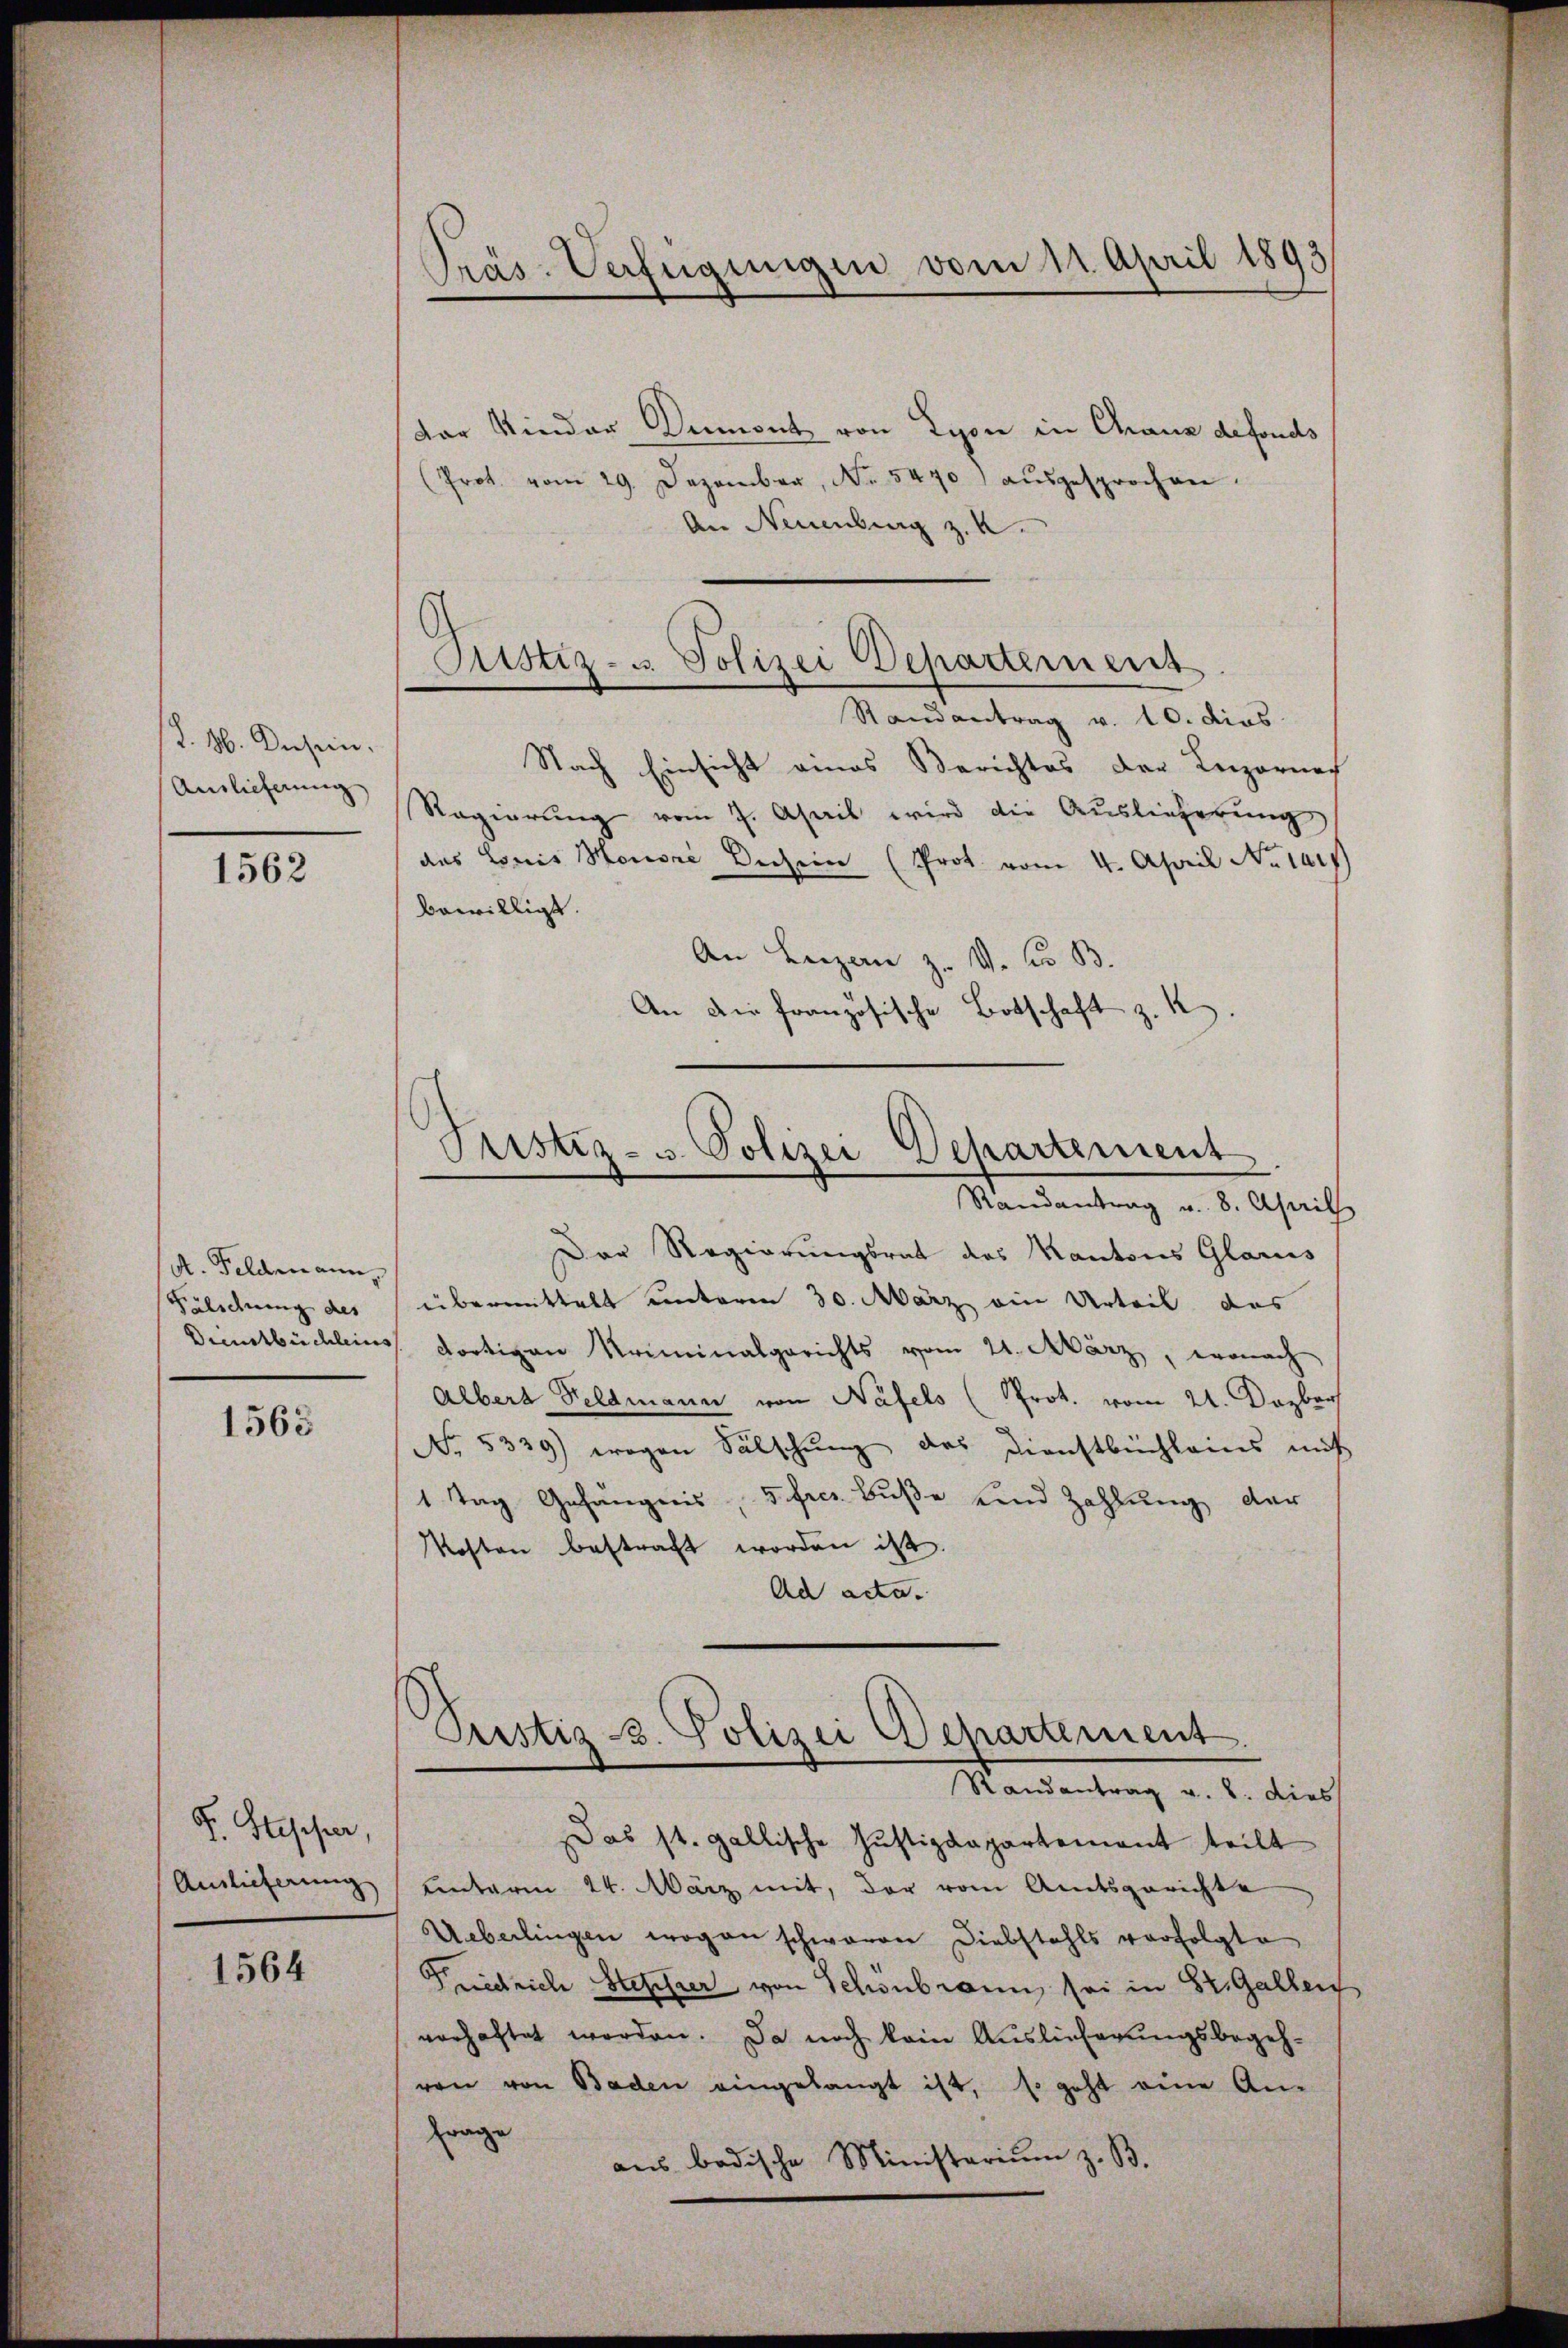
J. M. Dasein.
Auslieferung

1562

A. Feldenann
Fälschnung des

1563

F. Stesser,

1564

Präs. Verfügungen vom 11. April 1893

Dar Kinder Demont von Lyon in Chaus defonds
(Prot. vom 29. Dezember, No. 54701 aŭsgesprochen.
An Neuenburg z. B.
Randantrag v. 10. dies
Nach Einsicht eines Berichtes der Luzerner
Regierung vom 7. April wird die Auslieferung
das Louis Honori Schein (Prot vom 4. April No 141)
bewilligt.
An Luzern z. v. J. B.
An die französische Botschaft z. R.

Justiz- u. Polizei Departement

Prustiz- u. Polizei Departement
Randantrag u. 8. April

Der Regierungsrat des Kantons Glarus
übermittelt unterm 30. März ein Urteil das
Dienstbüchleins dortigen Kriminalgerichts vom 21. März, wonach
Albert Feldmann von Näfels (Prot. vom 24. Dezbr
No. 5339) wegen Fälschung das Dienstbüchleins mit
1 Tag Gefängnis, d. fres. Buße und Zahlung der
Kosten bestraft worden ist.
Ad acta.

Pustiz & Polizei Departement.
Mandentrag u. s. dies

Das st. gallische Justizdepartement teilt
Anlieferung unterm 24. März mit, der vom Amtsgerichte
Ueberlingen wogen schwaren Diebstahls verfolgte
Friedrich Steller von Schönbrann sei in St. Gallen
verhaftet worden. Da noch kein Auslieferungsbegehven von Baden eingelangt ist, so geht eine An-
Frage
aus badische Ministerium z. B.